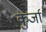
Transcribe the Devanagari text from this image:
कुर्जा